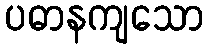
ပဓာနကျသော